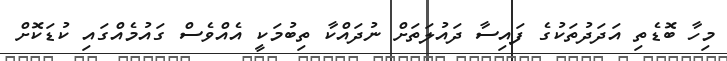
މިހާ ބޮޑެތި އަަދަދުތަކުގެ ފައިސާ ދައުލަތަށް ނުދައްކާ ތިބުމަކީ އެއްްވެސް ގައުމެއްގައި ކުޑަކޮށް